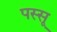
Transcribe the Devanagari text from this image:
पस्सू